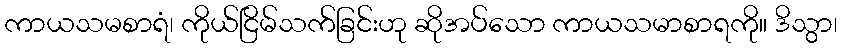
ကာယသမစာရံ၊ ကိုယ်ငြိမ်သက်ခြင်းဟု ဆိုအပ်သော ကာယသမာစာရကို။ ဒိသွာ၊